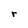
Character: r